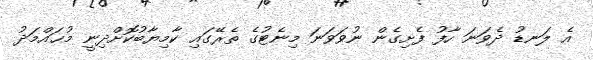
އެ ލަނޑު ދެވަނަ ހާފު ފެށިގެން ނުވަވަނަ މިނެޓުގެ ތެރޭގައި ކާމިޔާބުކޮށްދިނީ މުޙައްމަދު